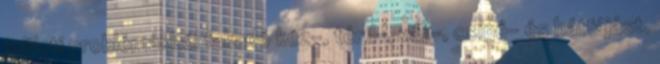
ízületi problémákból fakadó kéz-, térd-, váll-, csípő- és hátfájást.